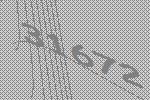
31672